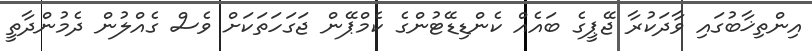
އިންތިޚާބުގައި ވާދަަކުރާ ޖޭޕީގެ ބައެއް ކެންޑިޑޭޓުންގެ ކެމްޕޭން ޖަގަހަތަކަށް ވެސް ގެއްލުން ދެމުންދާތީ